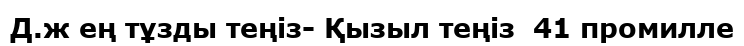
Д.ж ең тұзды теңіз- Қызыл теңіз  41 промилле